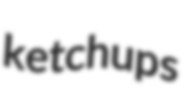
ketchups